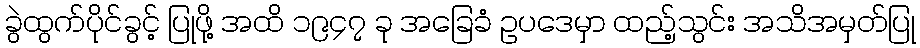
ခွဲထွက်ပိုင်ခွင့် ပြုဖို့ အထိ ၁၉၄၇ ခု အခြေခံ ဥပဒေမှာ ထည့်သွင်း အသိအမှတ်ပြု